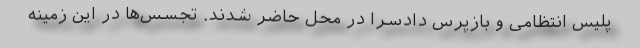
پلیس انتظامی و بازپرس دادسرا در محل حاضر شدند. تجسس‌ها در این زمینه